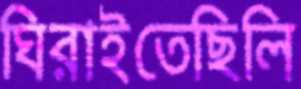
ঘিরাইতেছিলি